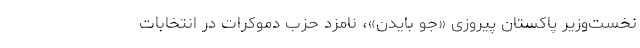
نخست‌وزیر پاکستان پیروزی «جو بایدن»، نامزد حزب دموکرات در انتخابات